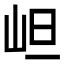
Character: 𭖌